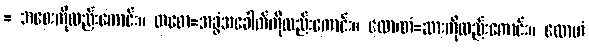
= အစေးကိုလည်းကောင်း။ တစော=အခွံအခေါက်ကိုလည်းကောင်း။ လောဏံ=ဆားကိုလည်းကောင်း။ လောဟံ